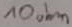
Text: 10Ω